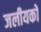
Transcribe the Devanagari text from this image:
जलीयकों